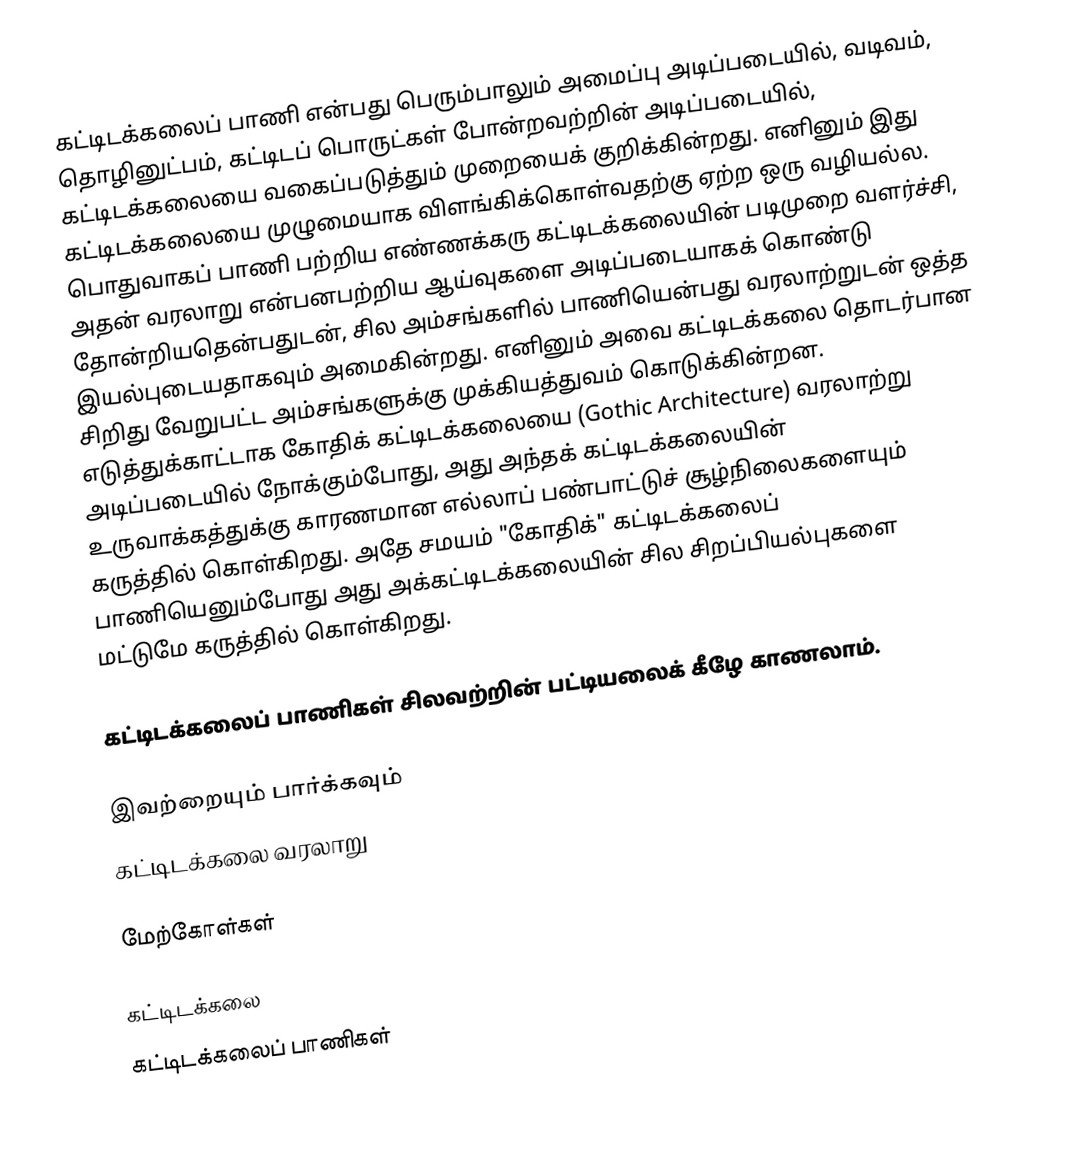
கட்டிடக்கலைப் பாணி என்பது பெரும்பாலும் அமைப்பு அடிப்படையில், வடிவம், தொழினுட்பம், கட்டிடப் பொருட்கள் போன்றவற்றின் அடிப்படையில், கட்டிடக்கலையை வகைப்படுத்தும் முறையைக் குறிக்கின்றது. எனினும் இது கட்டிடக்கலையை முழுமையாக விளங்கிக்கொள்வதற்கு ஏற்ற ஒரு வழியல்ல. பொதுவாகப் பாணி பற்றிய எண்ணக்கரு கட்டிடக்கலையின் படிமுறை வளர்ச்சி, அதன் வரலாறு என்பனபற்றிய ஆய்வுகளை அடிப்படையாகக் கொண்டு தோன்றியதென்பதுடன், சில அம்சங்களில் பாணியென்பது வரலாற்றுடன் ஒத்த இயல்புடையதாகவும் அமைகின்றது. எனினும் அவை கட்டிடக்கலை தொடர்பான சிறிது வேறுபட்ட அம்சங்களுக்கு முக்கியத்துவம் கொடுக்கின்றன. எடுத்துக்காட்டாக கோதிக் கட்டிடக்கலையை (Gothic Architecture) வரலாற்று அடிப்படையில் நோக்கும்போது, அது அந்தக் கட்டிடக்கலையின் உருவாக்கத்துக்கு காரணமான எல்லாப் பண்பாட்டுச் சூழ்நிலைகளையும் கருத்தில் கொள்கிறது. அதே சமயம் "கோதிக்" கட்டிடக்கலைப் பாணியெனும்போது அது அக்கட்டிடக்கலையின் சில சிறப்பியல்புகளை மட்டுமே கருத்தில் கொள்கிறது.

கட்டிடக்கலைப் பாணிகள் சிலவற்றின் பட்டியலைக் கீழே காணலாம்.

இவற்றையும் பார்க்கவும்
கட்டிடக்கலை வரலாறு

மேற்கோள்கள்

கட்டிடக்கலை
கட்டிடக்கலைப் பாணிகள்